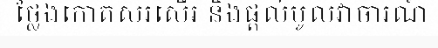
ថ្លែងកោតសរសើរ និងផ្តល់មូលវាចារណ៍